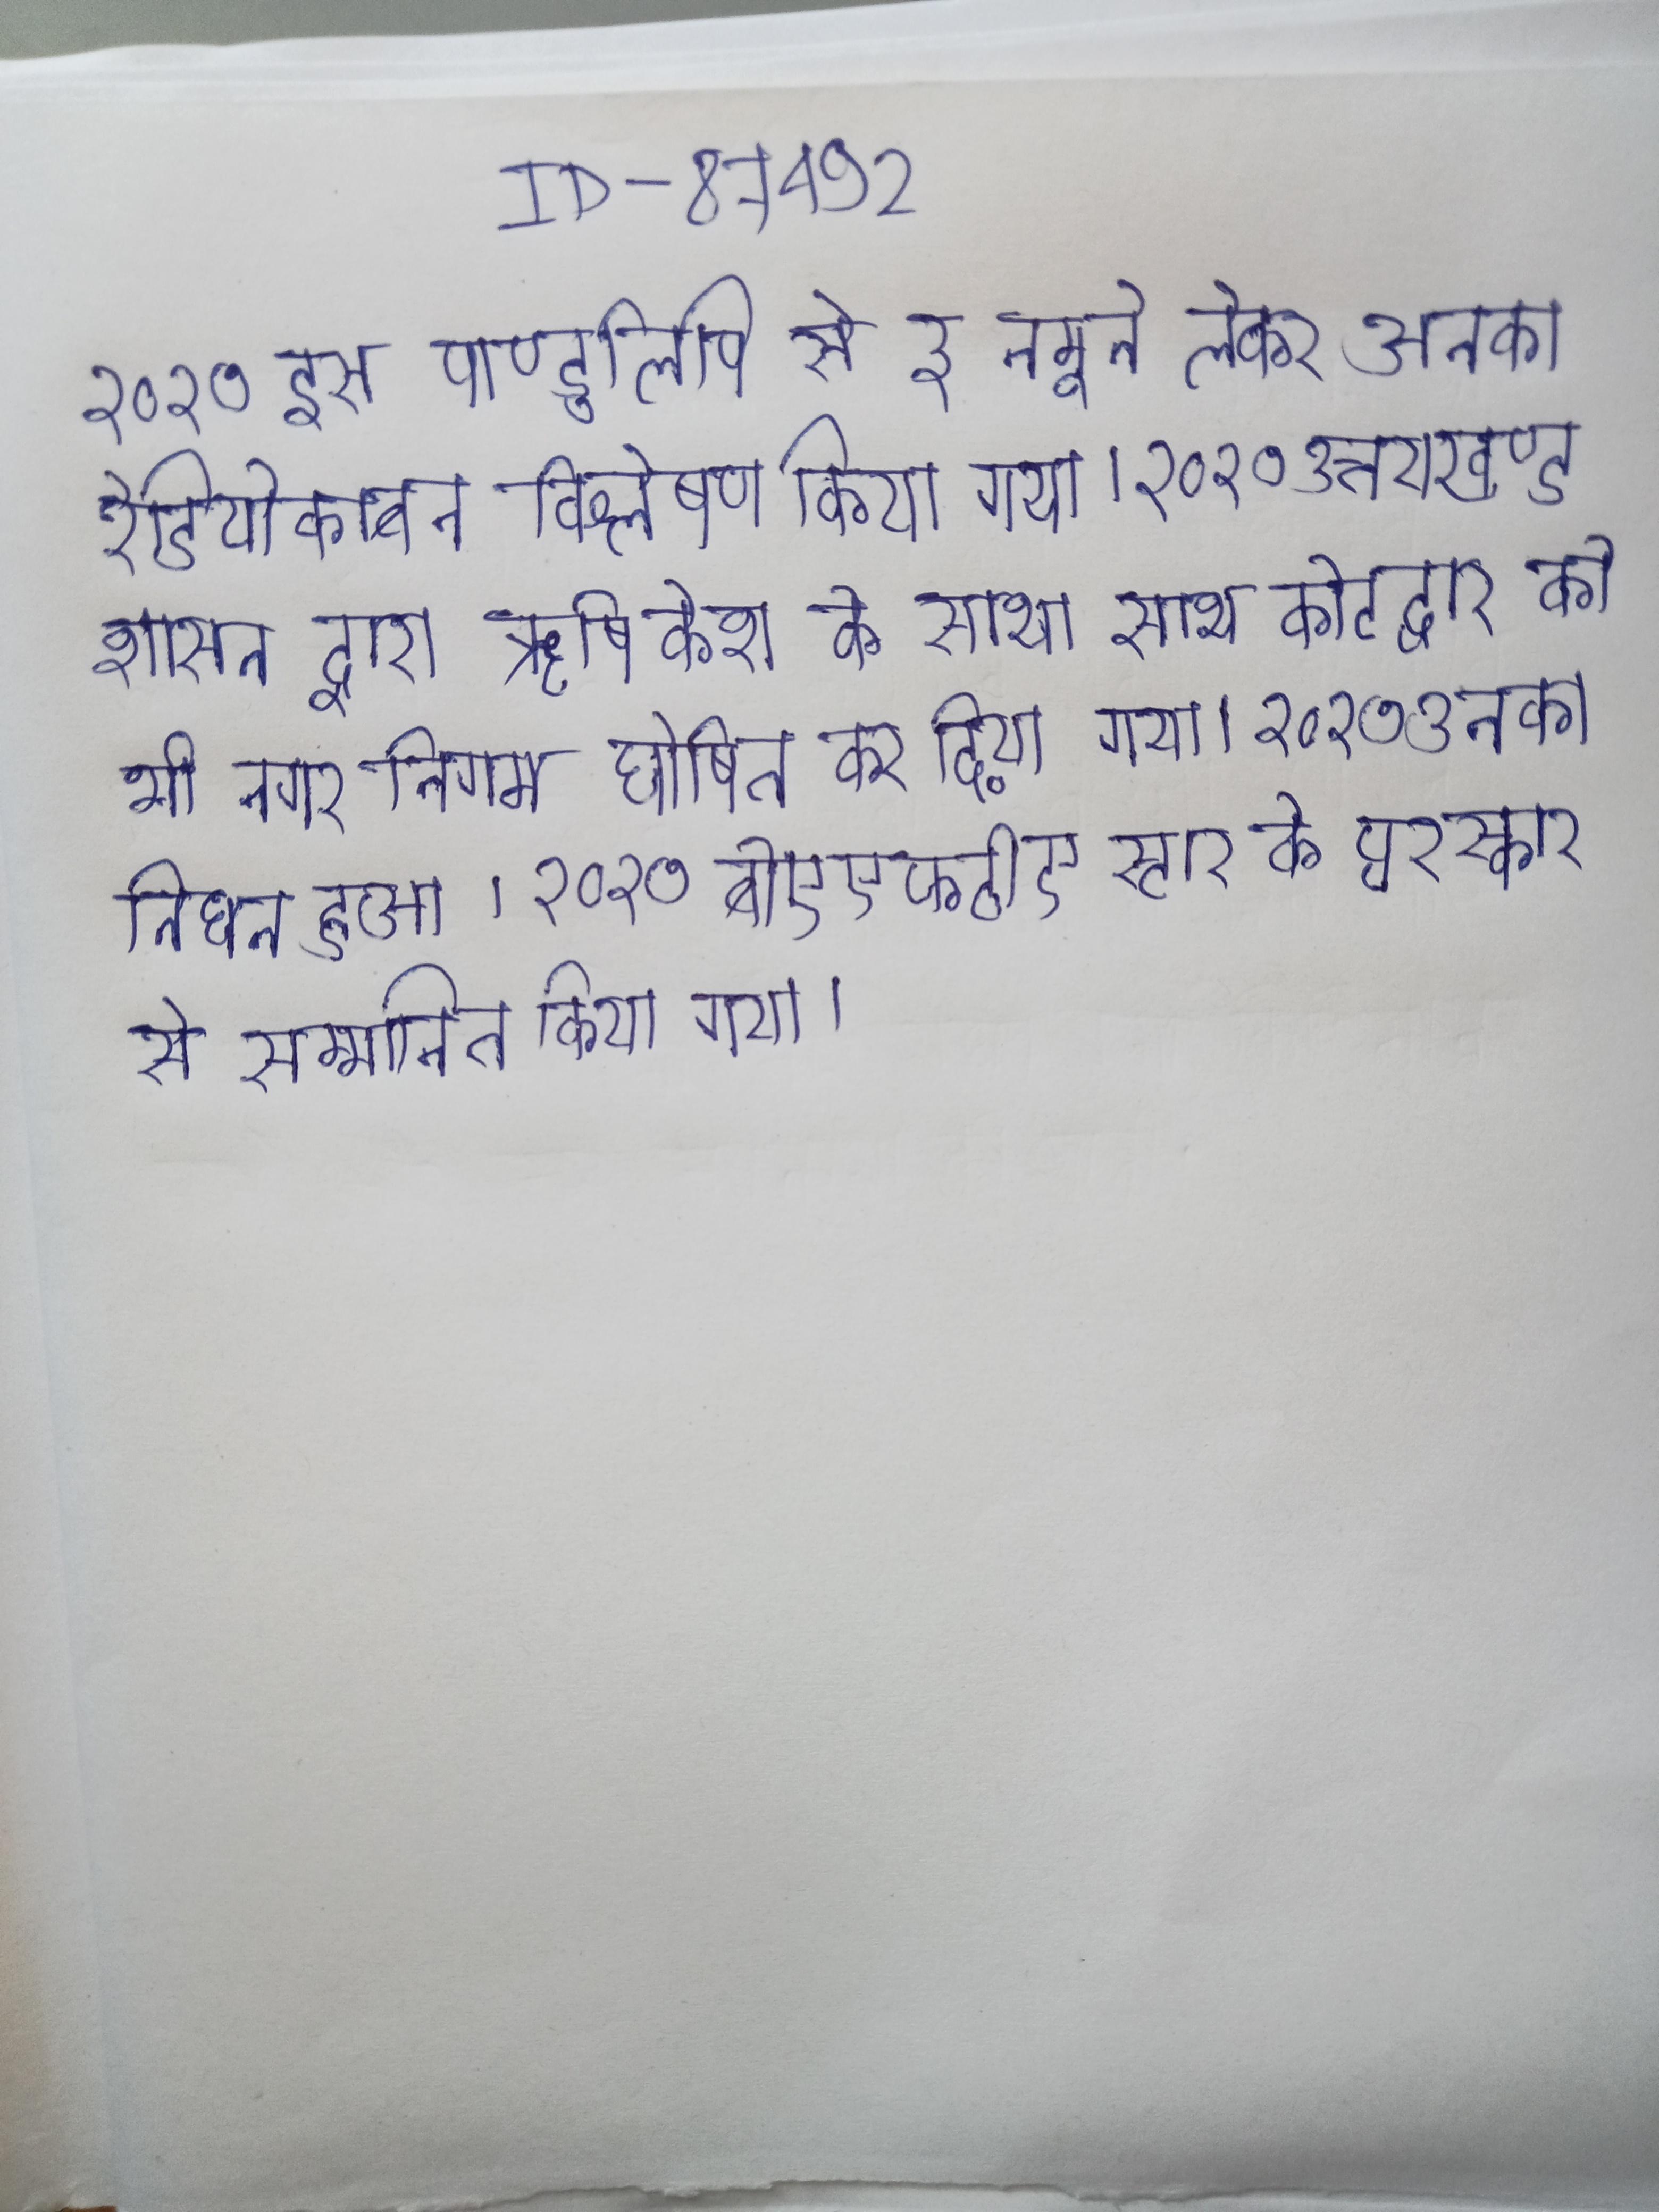
२०१७ इस पाण्डुलिपि से ३ नमूने लेकर उनका रेडियोकार्बन विश्लेषण किया गया । २०१७ उत्तराखण्ड शासन द्वारा ऋषिकेश के साथ साथ कोटद्वार को भी नगर निगम घोषित कर दिया गया । २०१७ उनका निधन हुआ । २०१७ बीएएफटीए स्टार के पुरस्कार से सम्मानित किया गया ।